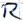
Text: R